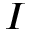
I